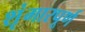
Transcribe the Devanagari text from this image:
शृंगारपूर्ण